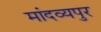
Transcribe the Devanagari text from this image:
मांदव्यपुर